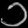
Digit: ၁